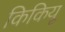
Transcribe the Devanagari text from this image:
किकियू